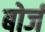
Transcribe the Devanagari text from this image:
बोर्ज